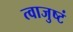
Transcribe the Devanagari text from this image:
त्वाजुष्टं